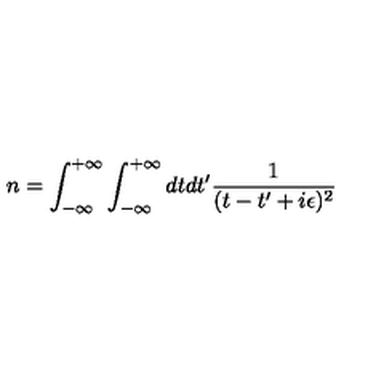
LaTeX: n = \int _ { - \infty } ^ { + \infty } \int _ { - \infty } ^ { + \infty } d t d t ^ { \prime } { \frac { 1 } { ( t - t ^ { \prime } + i \epsilon ) ^ { 2 } } }